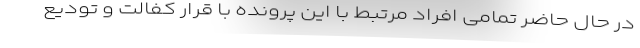
در حال حاضر تمامی افراد مرتبط با این پرونده با قرار کفالت و تودیع